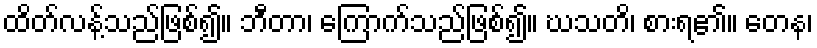
ထိတ်လန့်သည်ဖြစ်၍။ ဘီတာ၊ ကြောက်သည်ဖြစ်၍။ ဃသတိ၊ စားရ၏။ တေန၊